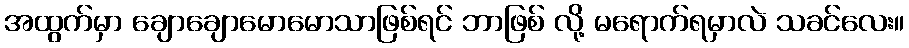
အထွက်မှာ ချောချောမောမောသာဖြစ်ရင် ဘာဖြစ် လို့ မရောက်ရမှာလဲ သခင်လေး။